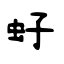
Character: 虸